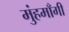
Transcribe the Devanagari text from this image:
मुंहमाँगी